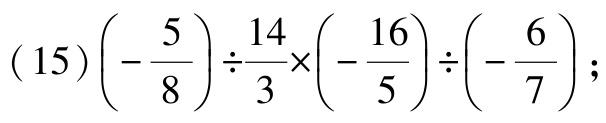
$(15)\left(-\dfrac{5}{8}\right)\div \dfrac{14}{3}\times\left(-\dfrac{16}{5}\right)\div \left(-\dfrac{6}{7}\right);$